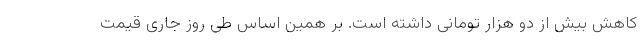
کاهش بیش از دو هزار تومانی داشته است. بر همین‌ اساس طی روز جاری قیمت